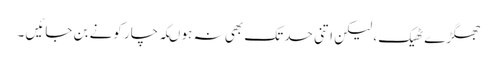
جھگڑے ٹھیک ، لیکن اتنی حد تک بھی نہ ہو ںکہ چار کونے بن جائیں ۔